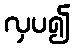
လှပ၍